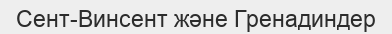
Сент-Винсент және Гренадиндер